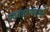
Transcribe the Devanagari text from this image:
एकांतरणवाले